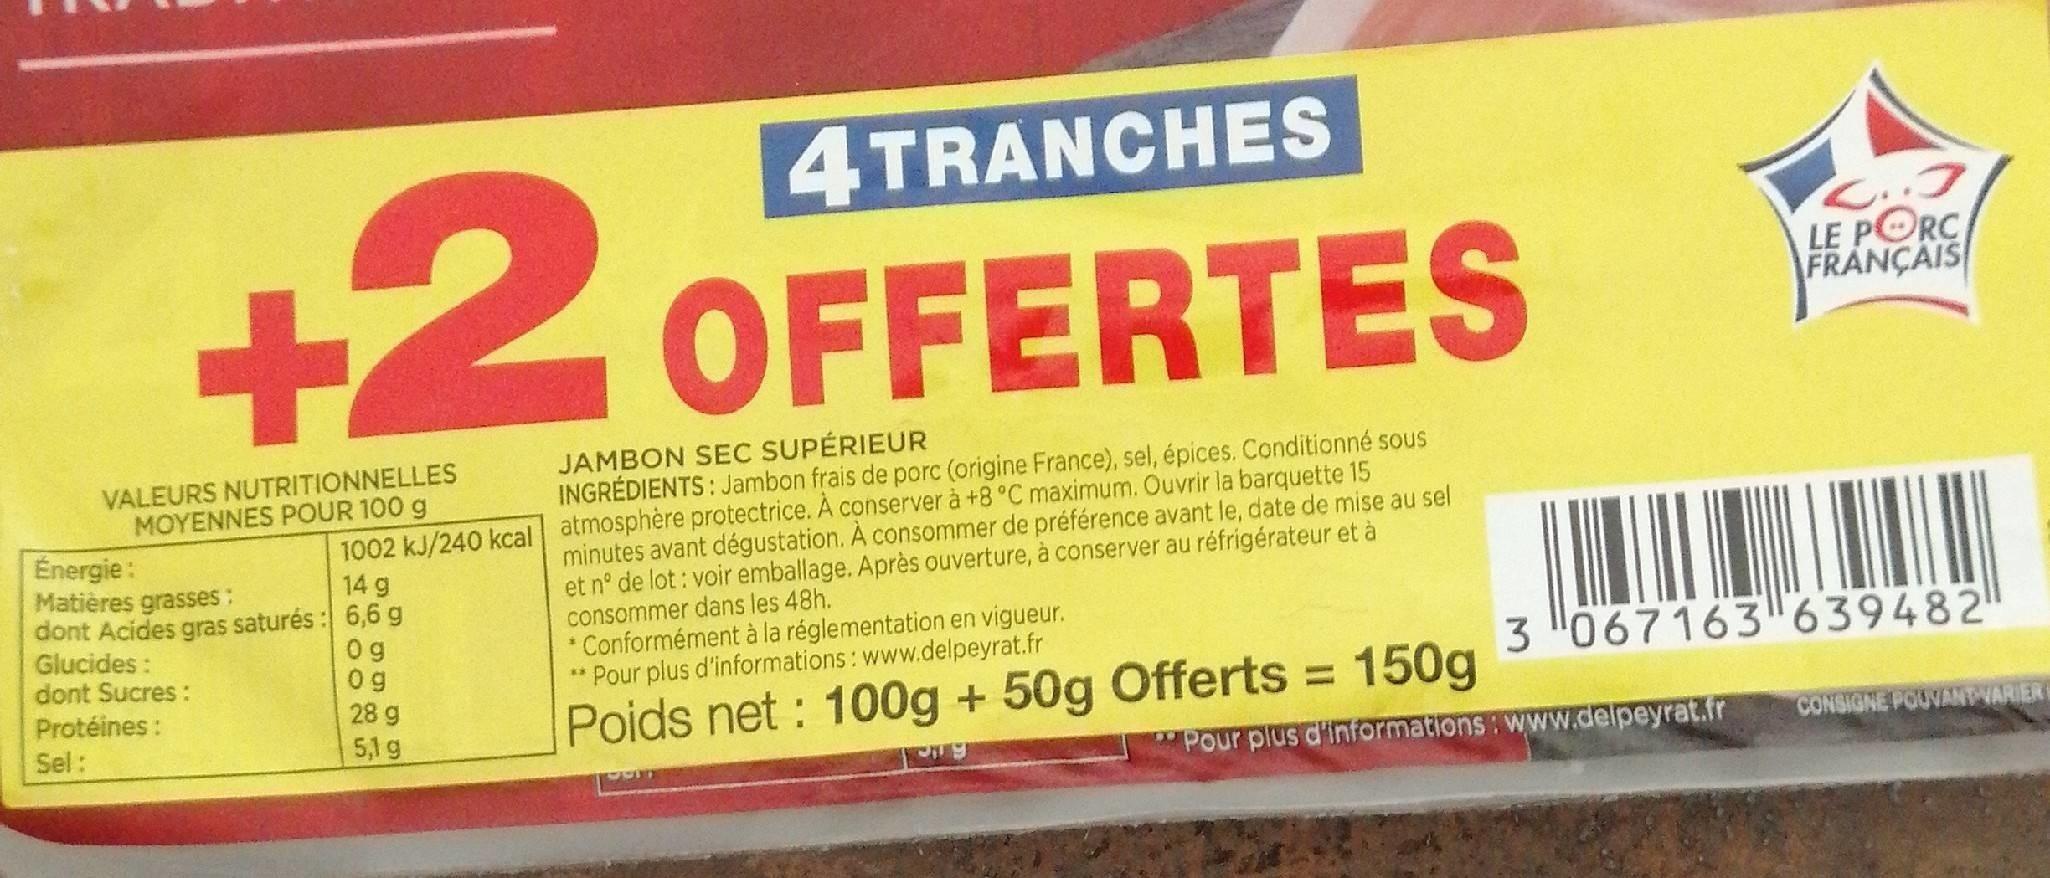
4TRANCHES
+2
LE PORC FRANÇAIS
OFFERTES
VALEURS NUTRITIONNELLES MOYENNES POUR 100 g
JAMBON SEC SUPÉRIEUR INGRÉDIENTS: Jambon frais de porc (origine France), sel, épices. Conditionné sous
1002 kJ/240 kcal atmosphère protectrice. A conserver à +8 °C maximum. Ouvrir la barquette 15
Énergie: Matières grasses: dont Acides gras saturés : 6,6 g Glucides: dont Sucres : Protéines:
minutes avant dégustation. A consommer de préférence avant le, date de mise au sel et n° de lot: voir emballage. Après ouverture, à conserver au réfrigérateur et à consommer dans les 48h. Conformément à la réglementation en vigueur. Pour plus d'informations: www.delpeyrat.fr
14 g
0 g 0 g 28 g 5,1 g
3 067163639482 150g
%3D
Poids net : 100g + 50g Offerts =
Sel:
"Pour plus d'informations: www.delpeyrat.fr
CONSIGNE POUVANT VARIER